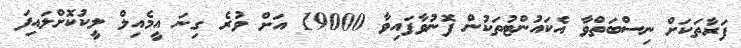
ފަރާތަކަށް ނިސްބަތްވާ އެކައުންޓުތަކުން ފޮނުވާފައިވާ 19000 އަށް ވުރެ ގިނަ އީމެއިލް ލީކުކޮށްލައިފަ